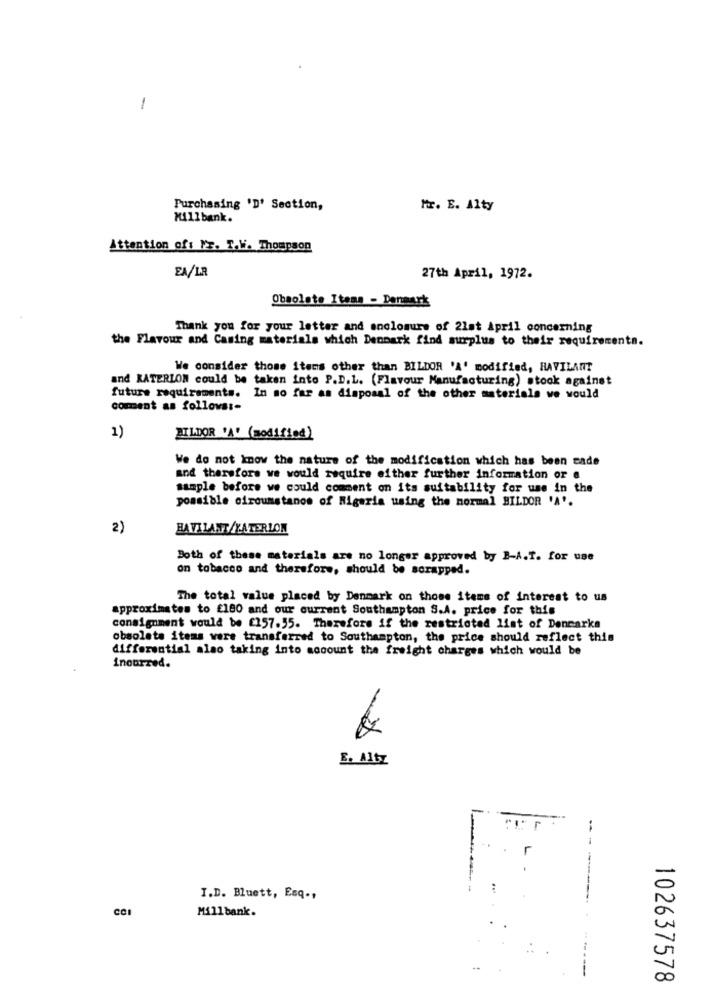
-
Purchasing 'D' Section,
Mr. E. Alty
Millbank.
Attention of: Mr. T.W. Thompson
EA/LR
27th April, 1972.
Obsolete Itens - Denmark
Thank you for your letter and enclosure of 21st April concerning
the Flavour and Casing materials which Denpark find surplus to their requirements.
We consider those items other than BILDOR 'A' modified, HAVILANT
and RATERION could be taken into P.D.L. (Flavour Manufacturing) stock against
future requirements. In no far as disposal of the other materials we would
comment as follows :-
1)
BILDOR 'A' (modified)
We do not know the nature of the modification which has been sade
and therefore we would require either further information or a
sample before we could comment on its suitability for use in the
possible circumstanos of Nigeria using the normal BILDOR 'A'.
2)
HAVILANT/KATERLON
Both of these materials are no longer approved by B-A.T. for use
on tobacco and therefore, should be scrapped.
The total value placed by Denmark on those items of interest to us
approximates to £180 and our current Southampton S.A. price for this
consignment would be £157.55. Therefore if the restricted list of Dencarke
obsolete items were transferred to Southampton, the price should reflect this
differential also taking into account the freight charges which would be
inourred.
E. Alty
---
I.D. Buett, Esq .,
CCI
Millbank.
102637578